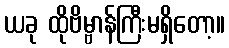
ယခု ထိုဗိမ္ဗာန်ကြီးမရှိတော့။